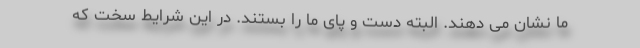
ما نشان می دهند. البته دست و پای ما را بستند. در این شرایط سخت که